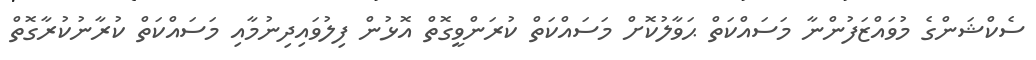
ސެކްޝަންގެ މުވައްޒަފުންނާ މަސައްކަތް ޙަވާލުކޮށް މަސައްކަތް ކުރަންވީގޮތް އޮޅުން ފިލުވައިދިނުމާއި މަސައްކަތް ކުރާނުކުރާގޮތް